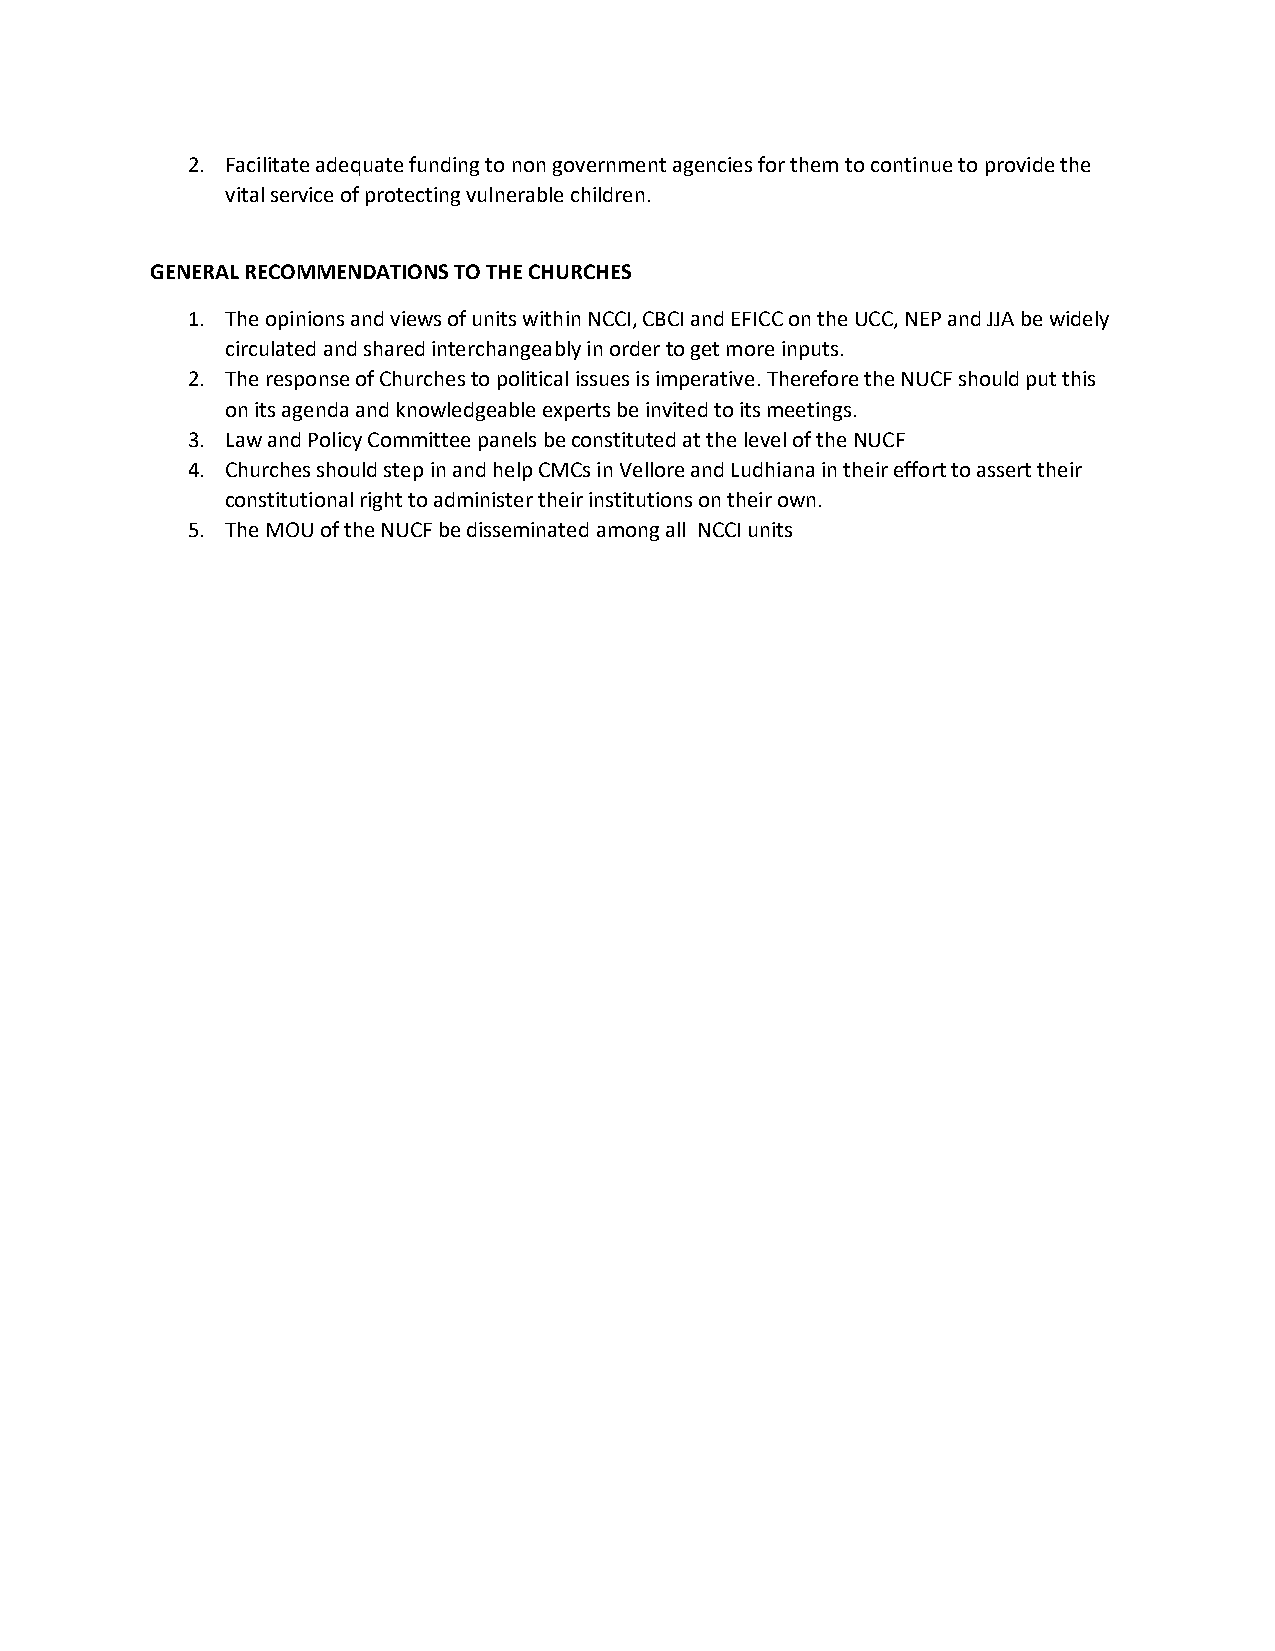
2. Facilitate adequate funding to non government agencies for them to continue to provide the
 vital service of protecting vulnerable children.
 GENERAL RECOMMENDATIONS TO THE CHURCHES
 1. The opinions and views of units within NCCI, CBCI and EFICC on the UCC, NEP and JJA be widely
 circulated and shared interchangeably in order to get more inputs.
 2. The response of Churches to political issues is imperative. Therefore the NUCF should put this
 on its agenda and knowledgeable experts be invited to its meetings.
 3. Law and Policy Committee panels be constituted at the level of the NUCF
 4. Churches should step in and help CMCs in Vellore and Ludhiana in their effort to assert their
 constitutional right to administer their institutions on their own.
 5. The MOU of the NUCF be disseminated among all NCCI units